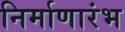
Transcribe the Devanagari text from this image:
निर्माणारंभ